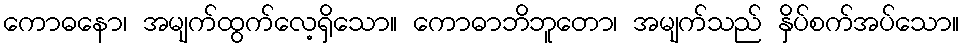
ကောဓနော၊ အမျက်ထွက်လေ့ရှိသော။ ကောဓာဘိဘူတော၊ အမျက်သည် နှိပ်စက်အပ်သော။